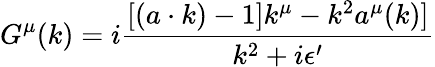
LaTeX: G^{\mu}(k)=i{\frac{[(a\cdot k)-1]k^{\mu}-k^{2}a^{\mu}(k)]}{k^{2}+i\epsilon^{\prime}}}